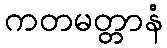
ကတမတ္တာနံ